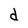
Character: d